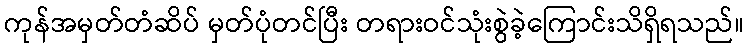
ကုန်အမှတ်တံဆိပ် မှတ်ပုံတင်ပြီး တရားဝင်သုံးစွဲခဲ့ကြောင်းသိရှိရသည်။